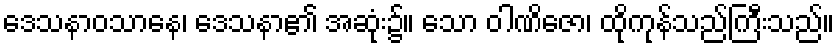
ဒေသနာဝသာနေ၊ ဒေသနာ၏ အဆုံး၌။ သော ဝါဏိဇော၊ ထိုကုန်သည်ကြီးသည်။